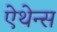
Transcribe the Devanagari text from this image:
ऐथेन्स